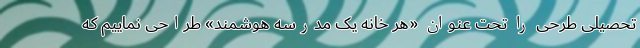
تحصیلی طرحی را تحت عنوان «هر خانه یک مدرسه هوشمند» طراحی نماییم که